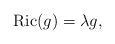
LaTeX: \begin{align*}{\rm Ric}(g)=\lambda g,\end{align*}